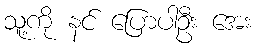
သူ့ကို နင် ပြောပါဦး အေး